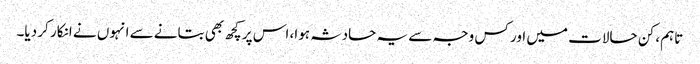
تاہم، کن حالات میں اور کس وجہ سے یہ حادثہ ہوا، اس پر کچھ بھی بتانے سے انہوں نے انکار کر دیا۔